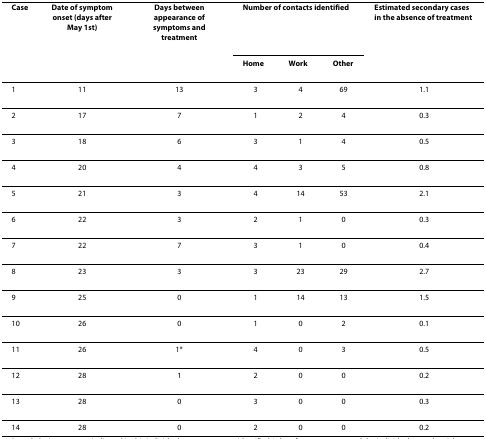
| Case | Date of symptom onset (days after May 1st) | Days between appearance of symptoms and treatment | <COLSPAN=3> Number of contacts identified | Estimated secondary cases in the absence of treatment |
 |  |  |  | Home | Work | Other |  |
 | --- | --- | --- | --- | --- | --- | --- |
 | 1 | 11 | 13 | 3 | 4 | 69 | 1.1 |
 | 2 | 17 | 7 | 1 | 2 | 4 | 0.3 |
 | 3 | 18 | 6 | 3 | 1 | 4 | 0.5 |
 | 4 | 20 | 4 | 4 | 3 | 5 | 0.8 |
 | 5 | 21 | 3 | 4 | 14 | 53 | 2.1 |
 | 6 | 22 | 3 | 2 | 1 | 0 | 0.3 |
 | 7 | 22 | 7 | 3 | 1 | 0 | 0.4 |
 | 8 | 23 | 3 | 3 | 23 | 29 | 2.7 |
 | 9 | 25 | 0 | 1 | 14 | 13 | 1.5 |
 | 10 | 26 | 0 | 1 | 0 | 2 | 0.1 |
 | 11 | 26 | 1* | 4 | 0 | 3 | 0.5 |
 | 12 | 28 | 1 | 2 | 0 | 0 | 0.2 |
 | 13 | 28 | 0 | 3 | 0 | 0 | 0.3 |
 | 14 | 28 | 0 | 2 | 0 | 0 | 0.2 |